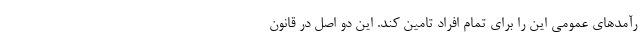
رآمدهای عمومی این را برای تمام افراد تامین کند. این دو اصل در قانون